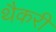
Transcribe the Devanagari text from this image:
थैकरी